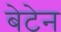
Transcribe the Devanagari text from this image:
बेटेन